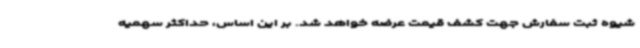
شیوه ثبت سفارش جهت کشف قیمت عرضه خواهد شد. بر این اساس، حداکثر سهمیه